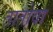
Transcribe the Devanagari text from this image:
तातोवा